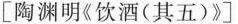
[ 陶渊明《 饮酒 ( 其五 ) 》]